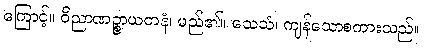
ကြောင့်။ ဝိညာဏဉ္စာယတနံ၊ မည်၏။ သေသံ၊ ကျန်သောစကားသည်။